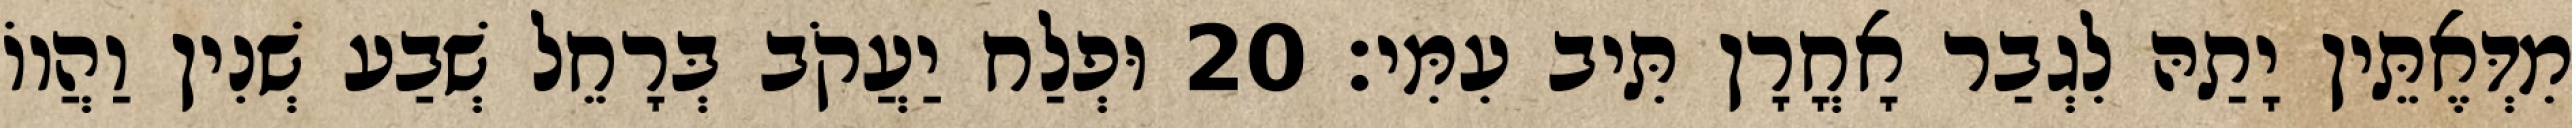
מִדְּאֶתֵּין יָתַהּ לִגְבַר אָחֳרָן תִּיב עִמִּי׃ 20 וּפְלַח יַעֲקֹב בְּרָחֵל שְׁבַע שְׁנִין וַהֲווֹ